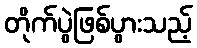
တိုက်ပွဲဖြစ်ပွားသည့်